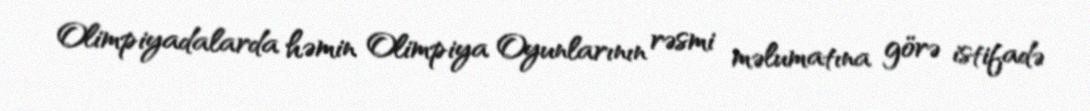
Olimpiyadalarda həmin Olimpiya Oyunlarının rəsmi məlumatına görə istifadə